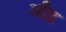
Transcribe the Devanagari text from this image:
ऑह्न